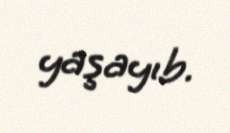
yaşayıb.